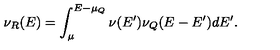
\nu _ { R } ( E ) = \int _ { \mu } ^ { E - \mu _ { Q } } \nu ( E ^ { \prime } ) \nu _ { Q } ( E - E ^ { \prime } ) d E ^ { \prime } .